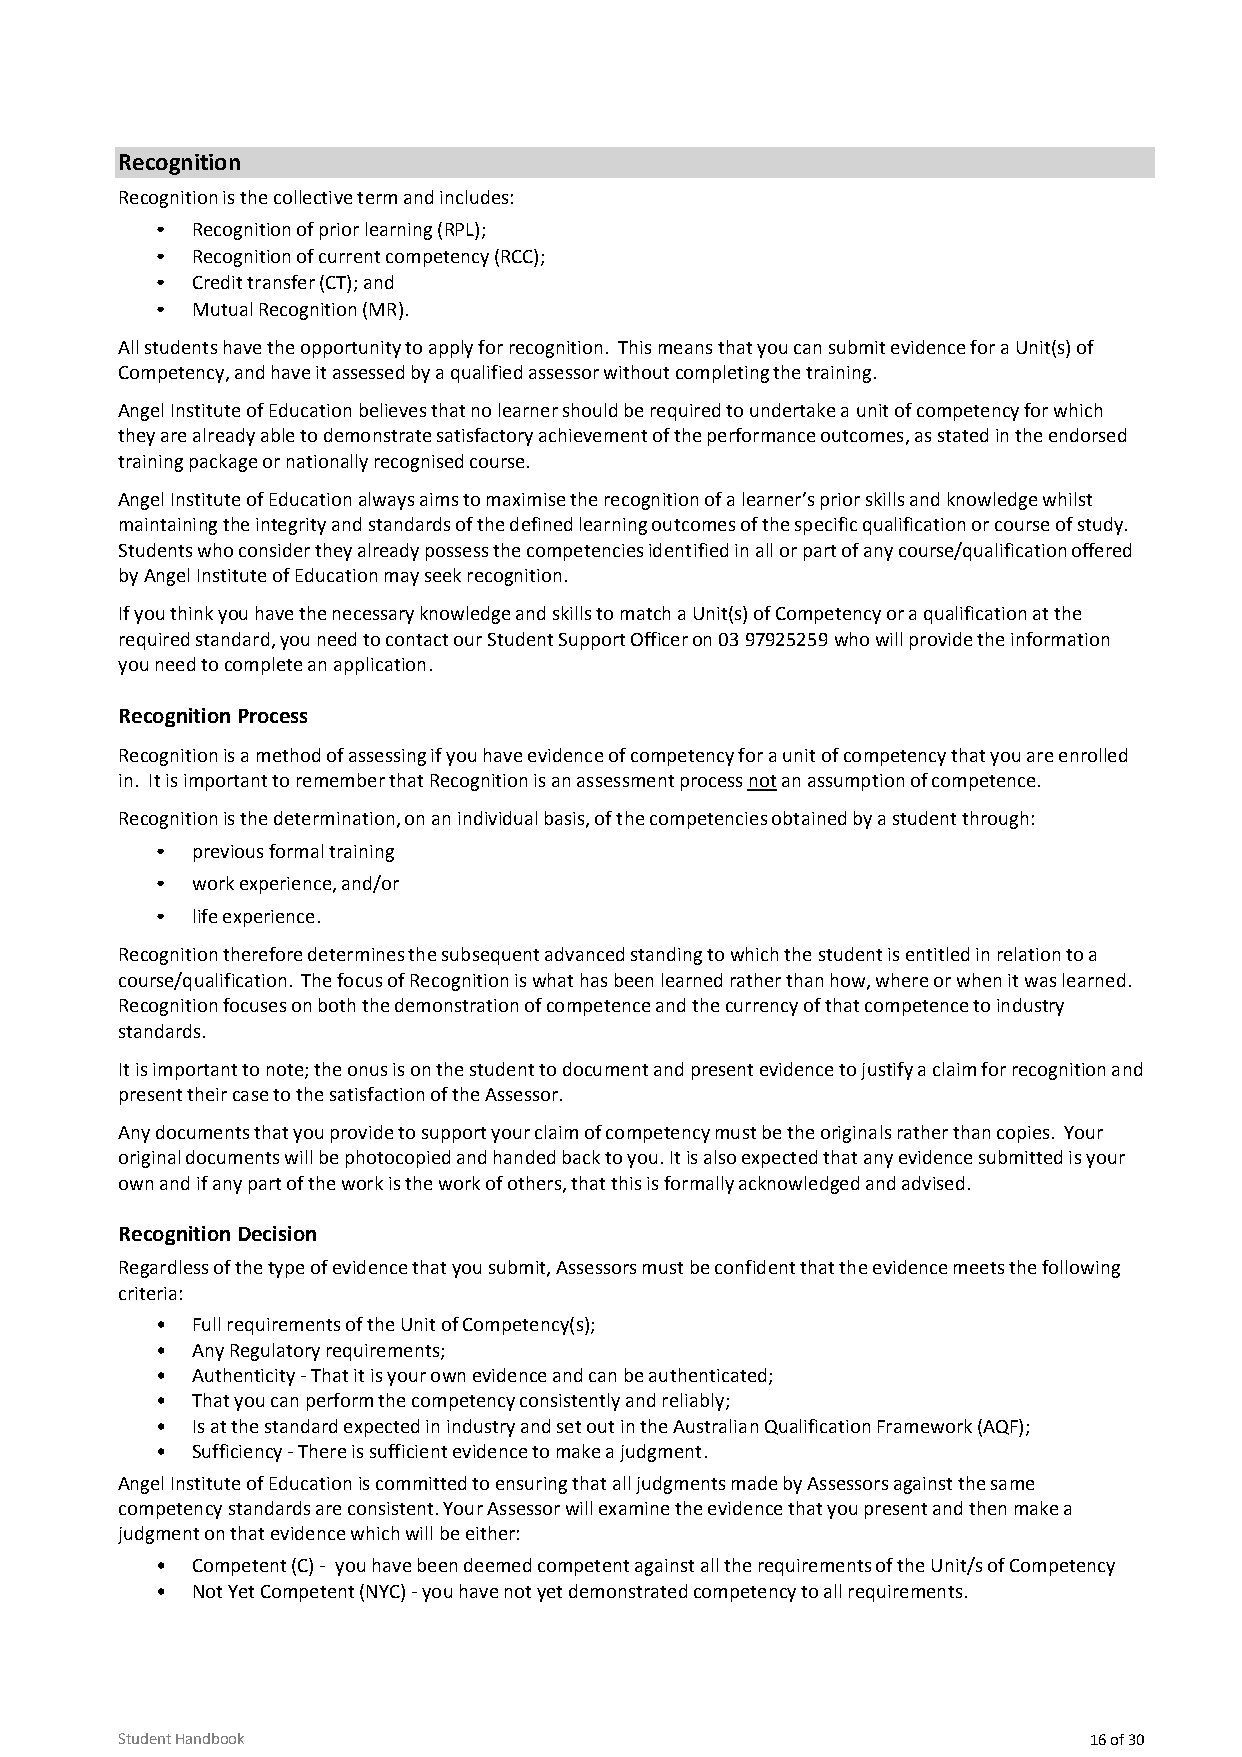
Recognition
 Recognition is the collective term and includes:
 •  Recognition of prior learning (RPL);
 •  Recognition of current competency (RCC);
 •  Credit transfer (CT); and
 •  Mutual Recognition (MR).
 All students have the opportunity to apply for recognition. This means that you can submit evidence for a Unit(s) of
 Competency, and have it assessed by a qualified assessor without completing the training.
 Angel Institute of Education believes that no learner should be required to undertake a unit of competency for which
 they are already able to demonstrate satisfactory achievement of the performance outcomes, as stated in the endorsed
 training package or nationally recognised course.
 Angel Institute of Education always aims to maximise the recognition of a learner’s prior skills and knowledge whilst
 maintaining the integrity and standards of the defined learning outcomes of the specific qualification or course of study.
 Students who consider they already possess the competencies identified in all or part of any course/qualification offered
 by Angel Institute of Education may seek recognition.
 If you think you have the necessary knowledge and skills to match a Unit(s) of Competency or a qualification at the
 required standard, you need to contact our Student Support Officer on 03 97925259 who will provide the information
 you need to complete an application.
 Recognition Process
 Recognition is a method of assessing if you have evidence of competency for a unit of competency that you are enrolled
 in. It is important to remember that Recognition is an assessment process not an assumption of competence.
 Recognition is the determination, on an individual basis, of the competencies obtained by a student through:
 •  previous formal training
 •  work experience, and/or
 •  life experience.
 Recognition therefore determines the subsequent advanced standing to which the student is entitled in relation to a
 course/qualification. The focus of Recognition is what has been learned rather than how, where or when it was learned.
 Recognition focuses on both the demonstration of competence and the currency of that competence to industry
 standards.
 It is important to note; the onus is on the student to document and present evidence to justify a claim for recognition and
 present their case to the satisfaction of the Assessor.
 Any documents that you provide to support your claim of competency must be the originals rather than copies. Your
 original documents will be photocopied and handed back to you. It is also expected that any evidence submitted is your
 own and if any part of the work is the work of others, that this is formally acknowledged and advised.
 Recognition Decision
 Regardless of the type of evidence that you submit, Assessors must be confident that the evidence meets the following
 criteria:
 •  Full requirements of the Unit of Competency(s);
 •  Any Regulatory requirements;
 •  Authenticity - That it is your own evidence and can be authenticated;
 •  That you can perform the competency consistently and reliably;
 •  Is at the standard expected in industry and set out in the Australian Qualification Framework (AQF);
 •  Sufficiency - There is sufficient evidence to make a judgment.
 Angel Institute of Education is committed to ensuring that all judgments made by Assessors against the same
 competency standards are consistent. Your Assessor will examine the evidence that you present and then make a
 judgment on that evidence which will be either:
 •  Competent (C) - you have been deemed competent against all the requirements of the Unit/s of Competency
 •  Not Yet Competent (NYC) - you have not yet demonstrated competency to all requirements.
 Student Handbook                                                16 of 30